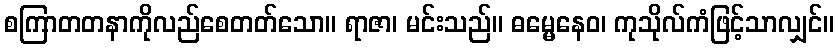
စကြာတတနာကိုလည်စေတတ်သော။ ရာဇာ၊ မင်းသည်။ ဓမ္မေနေဝ၊ ကုသိုလ်ကံဖြင့်သာလျှင်။